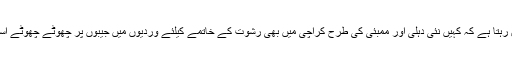
انھیں ہروقت یہ خدشہ بھی لاحق رہتا ہے کہ کہیں نئی دہلی اور ممبئی کی طرح کراچی میں بھی رشوت کے خاتمے کیلئے وردیوں میں جیبوں پر چھوٹے چھوٹے اسپائی کیمرے نہ لگادئیے جائیں ۔